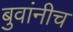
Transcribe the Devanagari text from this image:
बुवांनीच